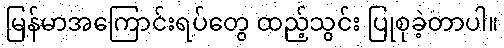
မြန်မာအကြောင်းရပ်တွေ ထည့်သွင်း ပြုစုခဲ့တာပါ။